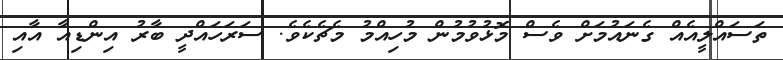
ތަސައްލީއެއް ގެނައުމަށް ވެސް މޮޅުވުމުން މުހިއްމު މެޗެކެވެ. ސަރަހައްދީ ބާރު އިންޑިއާ އާއި